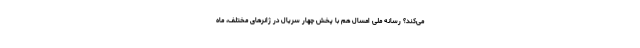
می‌کند؟ رسانه ملی امسال هم با پخش چهار سریال در ژانر‌های مختلف، ماه